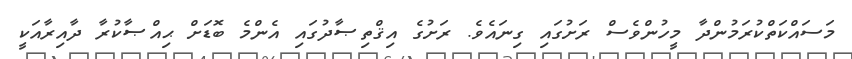
މަސައްކަތްކުރަމުންދާ މީހުންވެސް ރަށުގައި ގިނައެވެ. ރަށުގެ އިޤްތިޞާދުގައި އެންމެ ބޮޑަށް ޙިއްޞާކުރާ ދާއިރާއަކީ